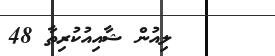
ލިއުން ޝާއިއުކުރިތާ 48